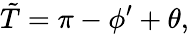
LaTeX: \tilde{T}=\pi-\phi^{\prime}+\theta,